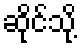
ဆိုင်သို့